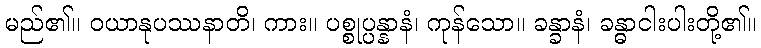
မည်၏။ ဝယာနုပဿနာတိ၊ ကား။ ပစ္စုပ္ပန္နာနံ၊ ကုန်သော။ ခန္ခာနံ၊ ခန္ဓာငါးပါးတို့၏။